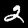
Digit: 2